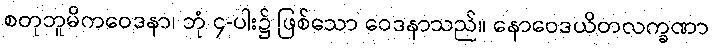
စတုဘူမိကဝေဒနာ၊ ဘုံ ၄-ပါး၌ ဖြစ်သော ဝေဒနာသည်။ နောဝေဒယိတလက္ခဏာ